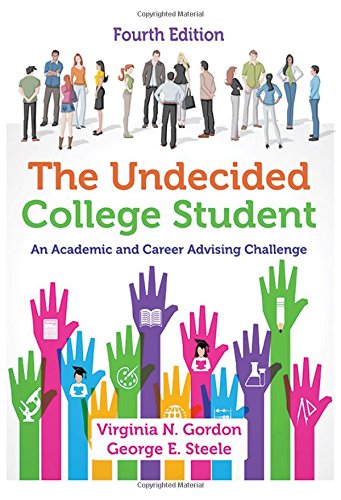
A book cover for The Undecided College Student: An Academic And Career Advising Challenge; Virginia N. Gordon; Business & Money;